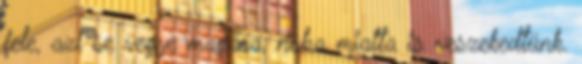
fele, azt se vegye magára, noha miatta is veszekedtünk.